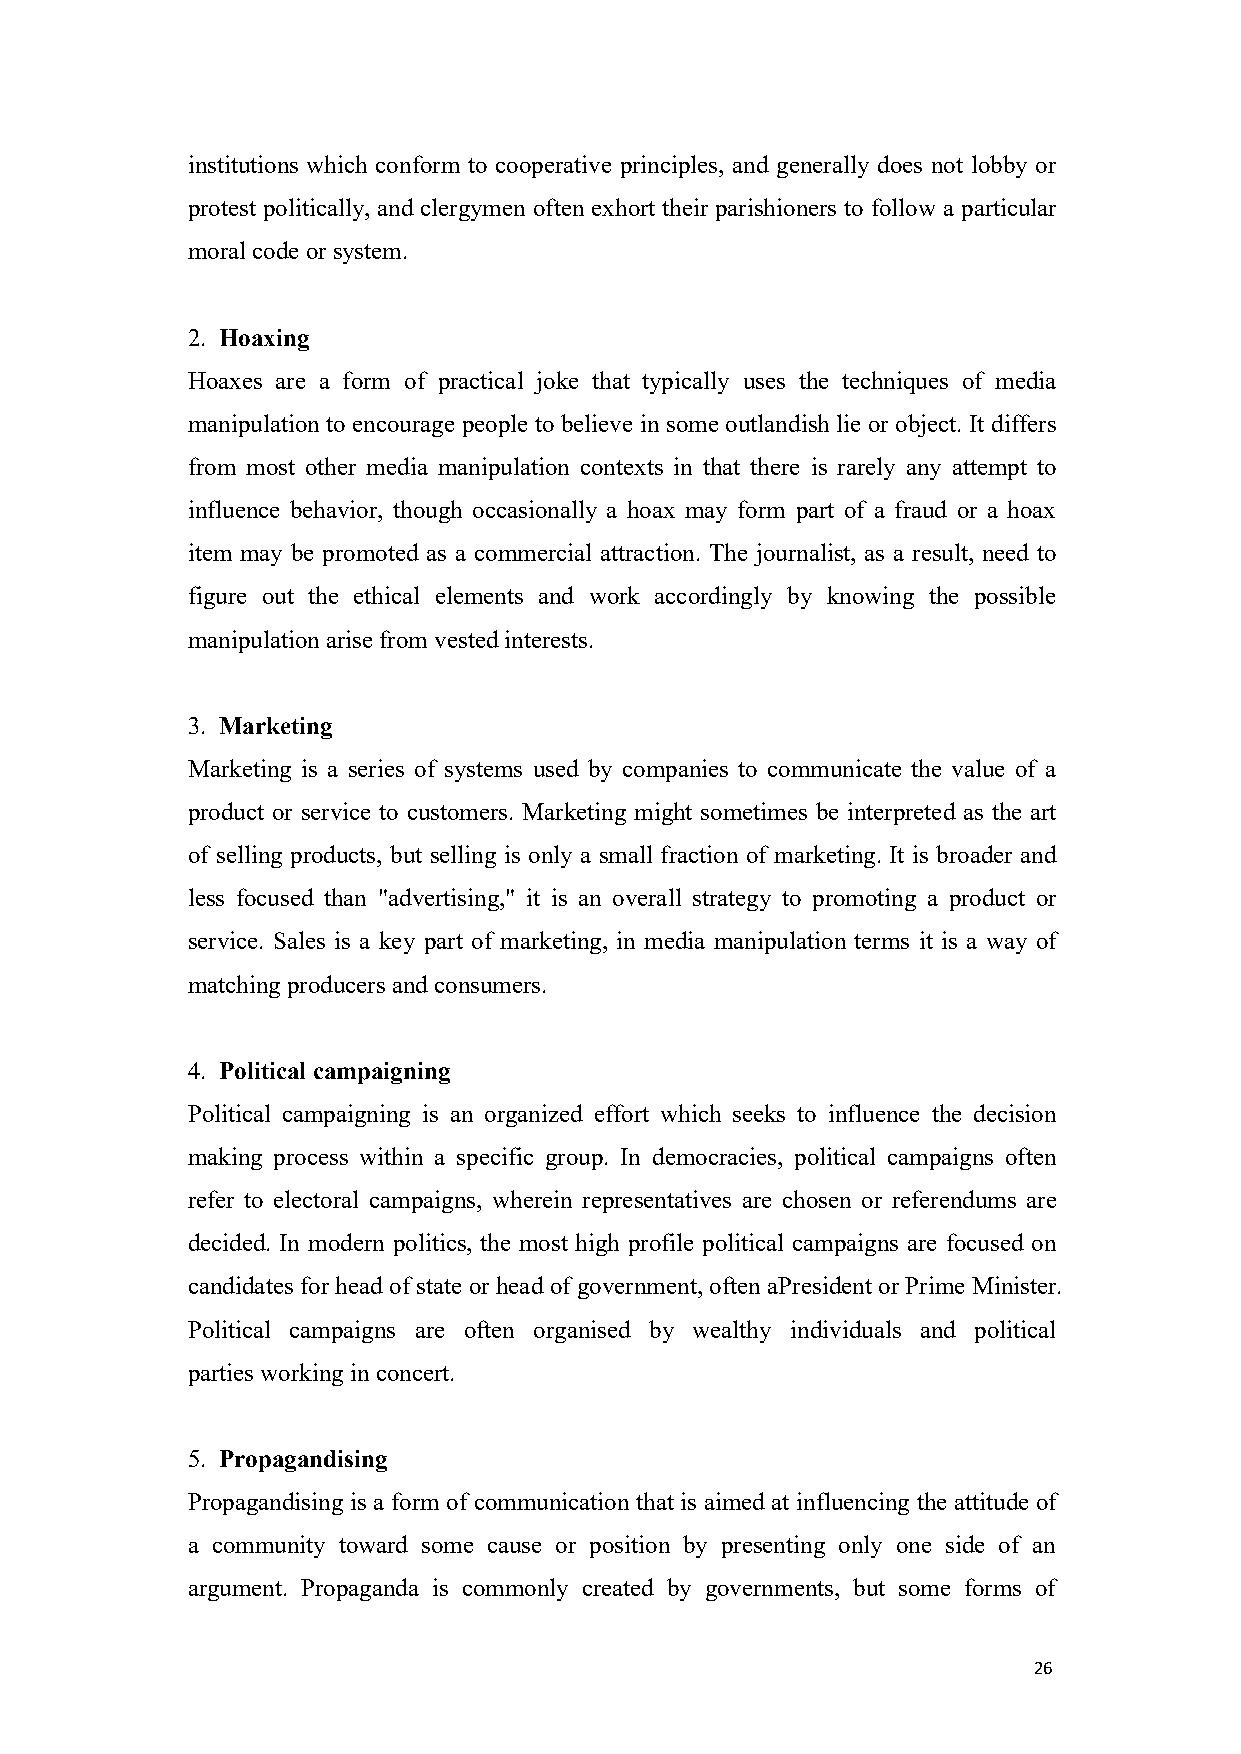
institutions which conform to cooperative principles, and generally does not lobby or
 protest politically, and clergymen often exhort their parishioners to follow a particular
 moral code orsystem.
 2. Hoaxing
 Hoaxes are a form of practical joke that typically uses the techniques of media
 manipulation to encourage people to believe in some outlandish lie or object. It differs
 from most other media manipulation contexts in that there is rarely any attempt to
 influence behavior, though occasionally a hoax may form part of a fraud or a hoax
 item may be promoted as a commercial attraction. The journalist, as a result, need to
 figure out the ethical elements and work accordingly by knowing the possible
 manipulationarise from vested interests.
 3. Marketing
 Marketing is a series of systems used by companies to communicate the value of a
 product or service to customers. Marketing might sometimes be interpreted as the art
 of selling products, but selling is only a small fraction of marketing. It is broader and
 less focused than "advertising," it is an overall strategy to promoting a product or
 service. Sales is a key part of marketing, in media manipulation terms it is a way of
 matching producers and consumers.
 4. Political campaigning
 Political campaigning is an organized effort which seeks to influence the decision
 making process within a specific group. In democracies, political campaigns often
 refer to electoral campaigns, wherein representatives are chosen or referendums are
 decided. In modern politics, the most high profile political campaigns are focused on
 candidates for head of state or head of government, often aPresident or Prime Minister.
 Political campaigns are often organised by wealthy individuals and political
 parties working inconcert.
 5. Propagandising
 Propagandising is a form of communication that is aimed at influencing the attitude of
 a community toward some cause or position by presenting only one side of an
 argument. Propaganda is commonly created by governments, but some forms of
 26